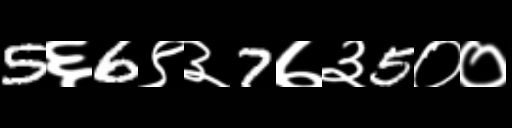
Text: 5६6९३7७३5००